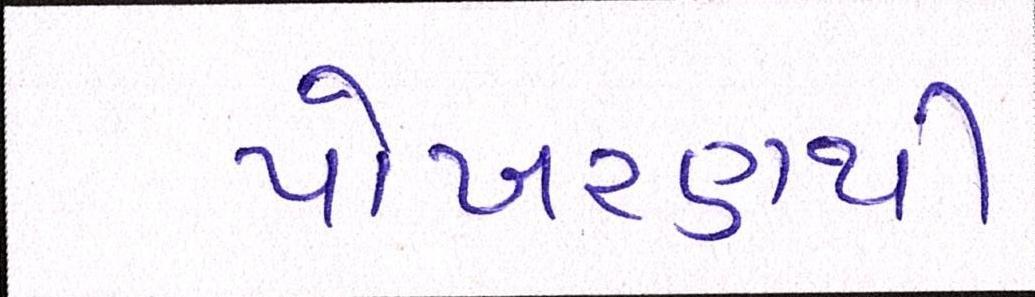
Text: પોખરણથી